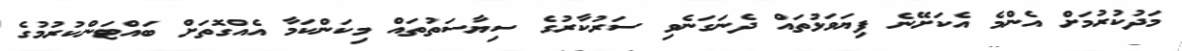
މަދުކުރުމަށް އެންމެ އެކަށޭނެ ފިޔަވަޅުތައް ދެނަގަނެވި ސަރުކާރުގެ ސިޔާސަތުތައް މިކަންކަމާ އެއްގޮތަށް ބައްޓަންކުރުމުގެ